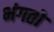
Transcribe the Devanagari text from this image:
भंगतो